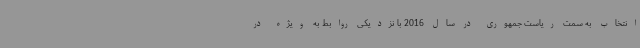
انتخاب به سمت ریاست جمهوری در سال 2016 با نزدیکی روابط به ویژه در